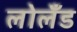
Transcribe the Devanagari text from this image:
लोलँड